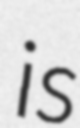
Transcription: is